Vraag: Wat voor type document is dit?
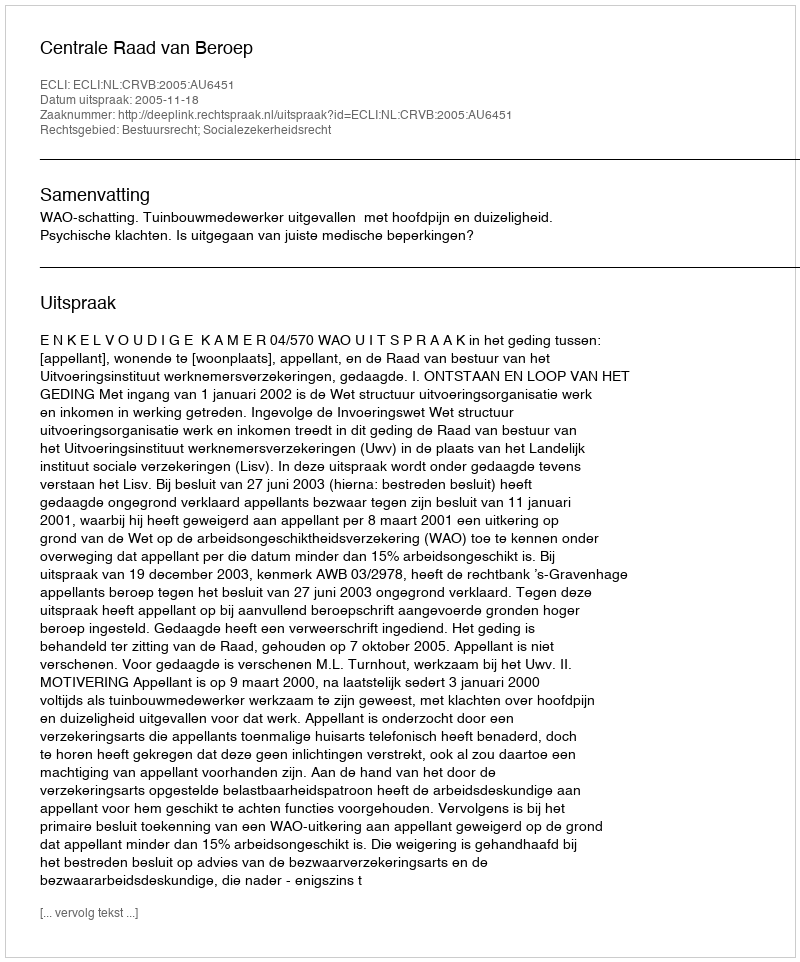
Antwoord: Uitspraak